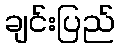
ချင်းပြည်